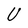
Character: U